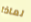
لماذا